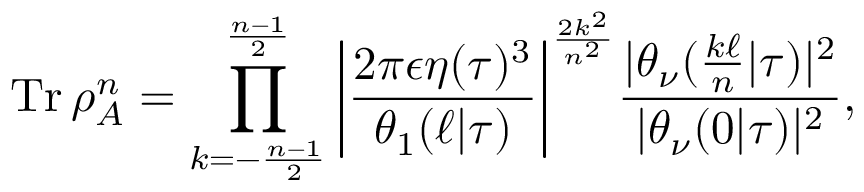
\operatorname { T r } \rho _ { A } ^ { n } = \prod _ { k = - \frac { n - 1 } { 2 } } ^ { \frac { n - 1 } { 2 } } \bigg | \frac { 2 \pi \epsilon \eta ( \tau ) ^ { 3 } } { \theta _ { 1 } ( \ell | \tau ) } \bigg | ^ { \frac { 2 k ^ { 2 } } { n ^ { 2 } } } \frac { | \theta _ { \nu } ( \frac { k \ell } { n } | \tau ) | ^ { 2 } } { | \theta _ { \nu } ( 0 | \tau ) | ^ { 2 } } ,